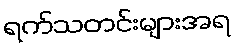
ရက်သတင်းများအရ